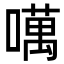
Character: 噧